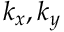
k _ { x } , k _ { y }